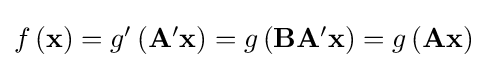
{\textstyle f\left(\mathbf {x} \right)=g'\left(\mathbf {A'x} \right)=g\left(\mathbf {BA'x} \right)=g\left(\mathbf {Ax} \right)}